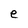
Character: e